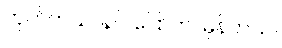
ဟုတ်တယ်၊ နင် ပြောတာမှန်တယ်။